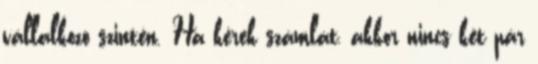
vállalkozó szintén. Ha kérek számlát, akkor nincs két pár